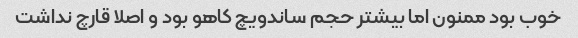
خوب بود ممنون اما بیشتر حجم ساندویچ کاهو بود و اصلا قارچ نداشت